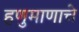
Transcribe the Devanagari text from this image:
हणुमाणाचे